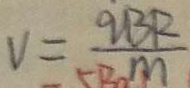
V = \frac { 9 B R } { m }